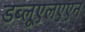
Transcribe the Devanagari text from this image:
डब्लूएलएएन